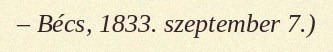
– Bécs, 1833. szeptember 7.)